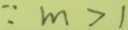
\because m > 1